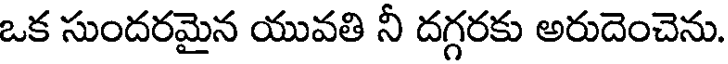
ఒక సుందరమైన యువతి నీ దగ్గరకు అరుదెంచెను.